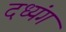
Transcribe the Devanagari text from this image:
दध्यंग